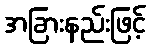
အခြားနည်းဖြင့်